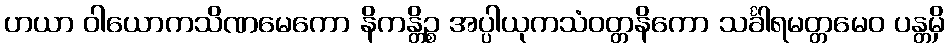
ဟယာ ဝါယောကသိဏမေကော နိကန္တိဉ္စ အပ္ပါယုကသံဝတ္တနိကော သင်္ခါရမတ္တမေဝ ပန္တမှိ